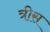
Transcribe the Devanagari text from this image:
त्रीस